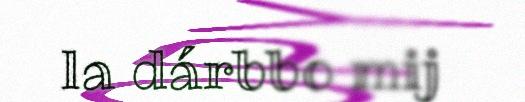
la dárbbo mij